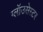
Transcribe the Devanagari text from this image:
ग्लॉउसेस्टर